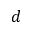
d